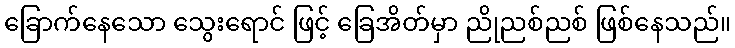
ခြောက်နေသော သွေးရောင် ဖြင့် ခြေအိတ်မှာ ညိုညစ်ညစ် ဖြစ်နေသည်။